Bréfritari: Malene Jensdóttir
Viðtakandi: Páll Pálsson
Dagsetning: A-1818-xx-xx
Skrifað á: Hallfreðarstöðum  N-Múl.

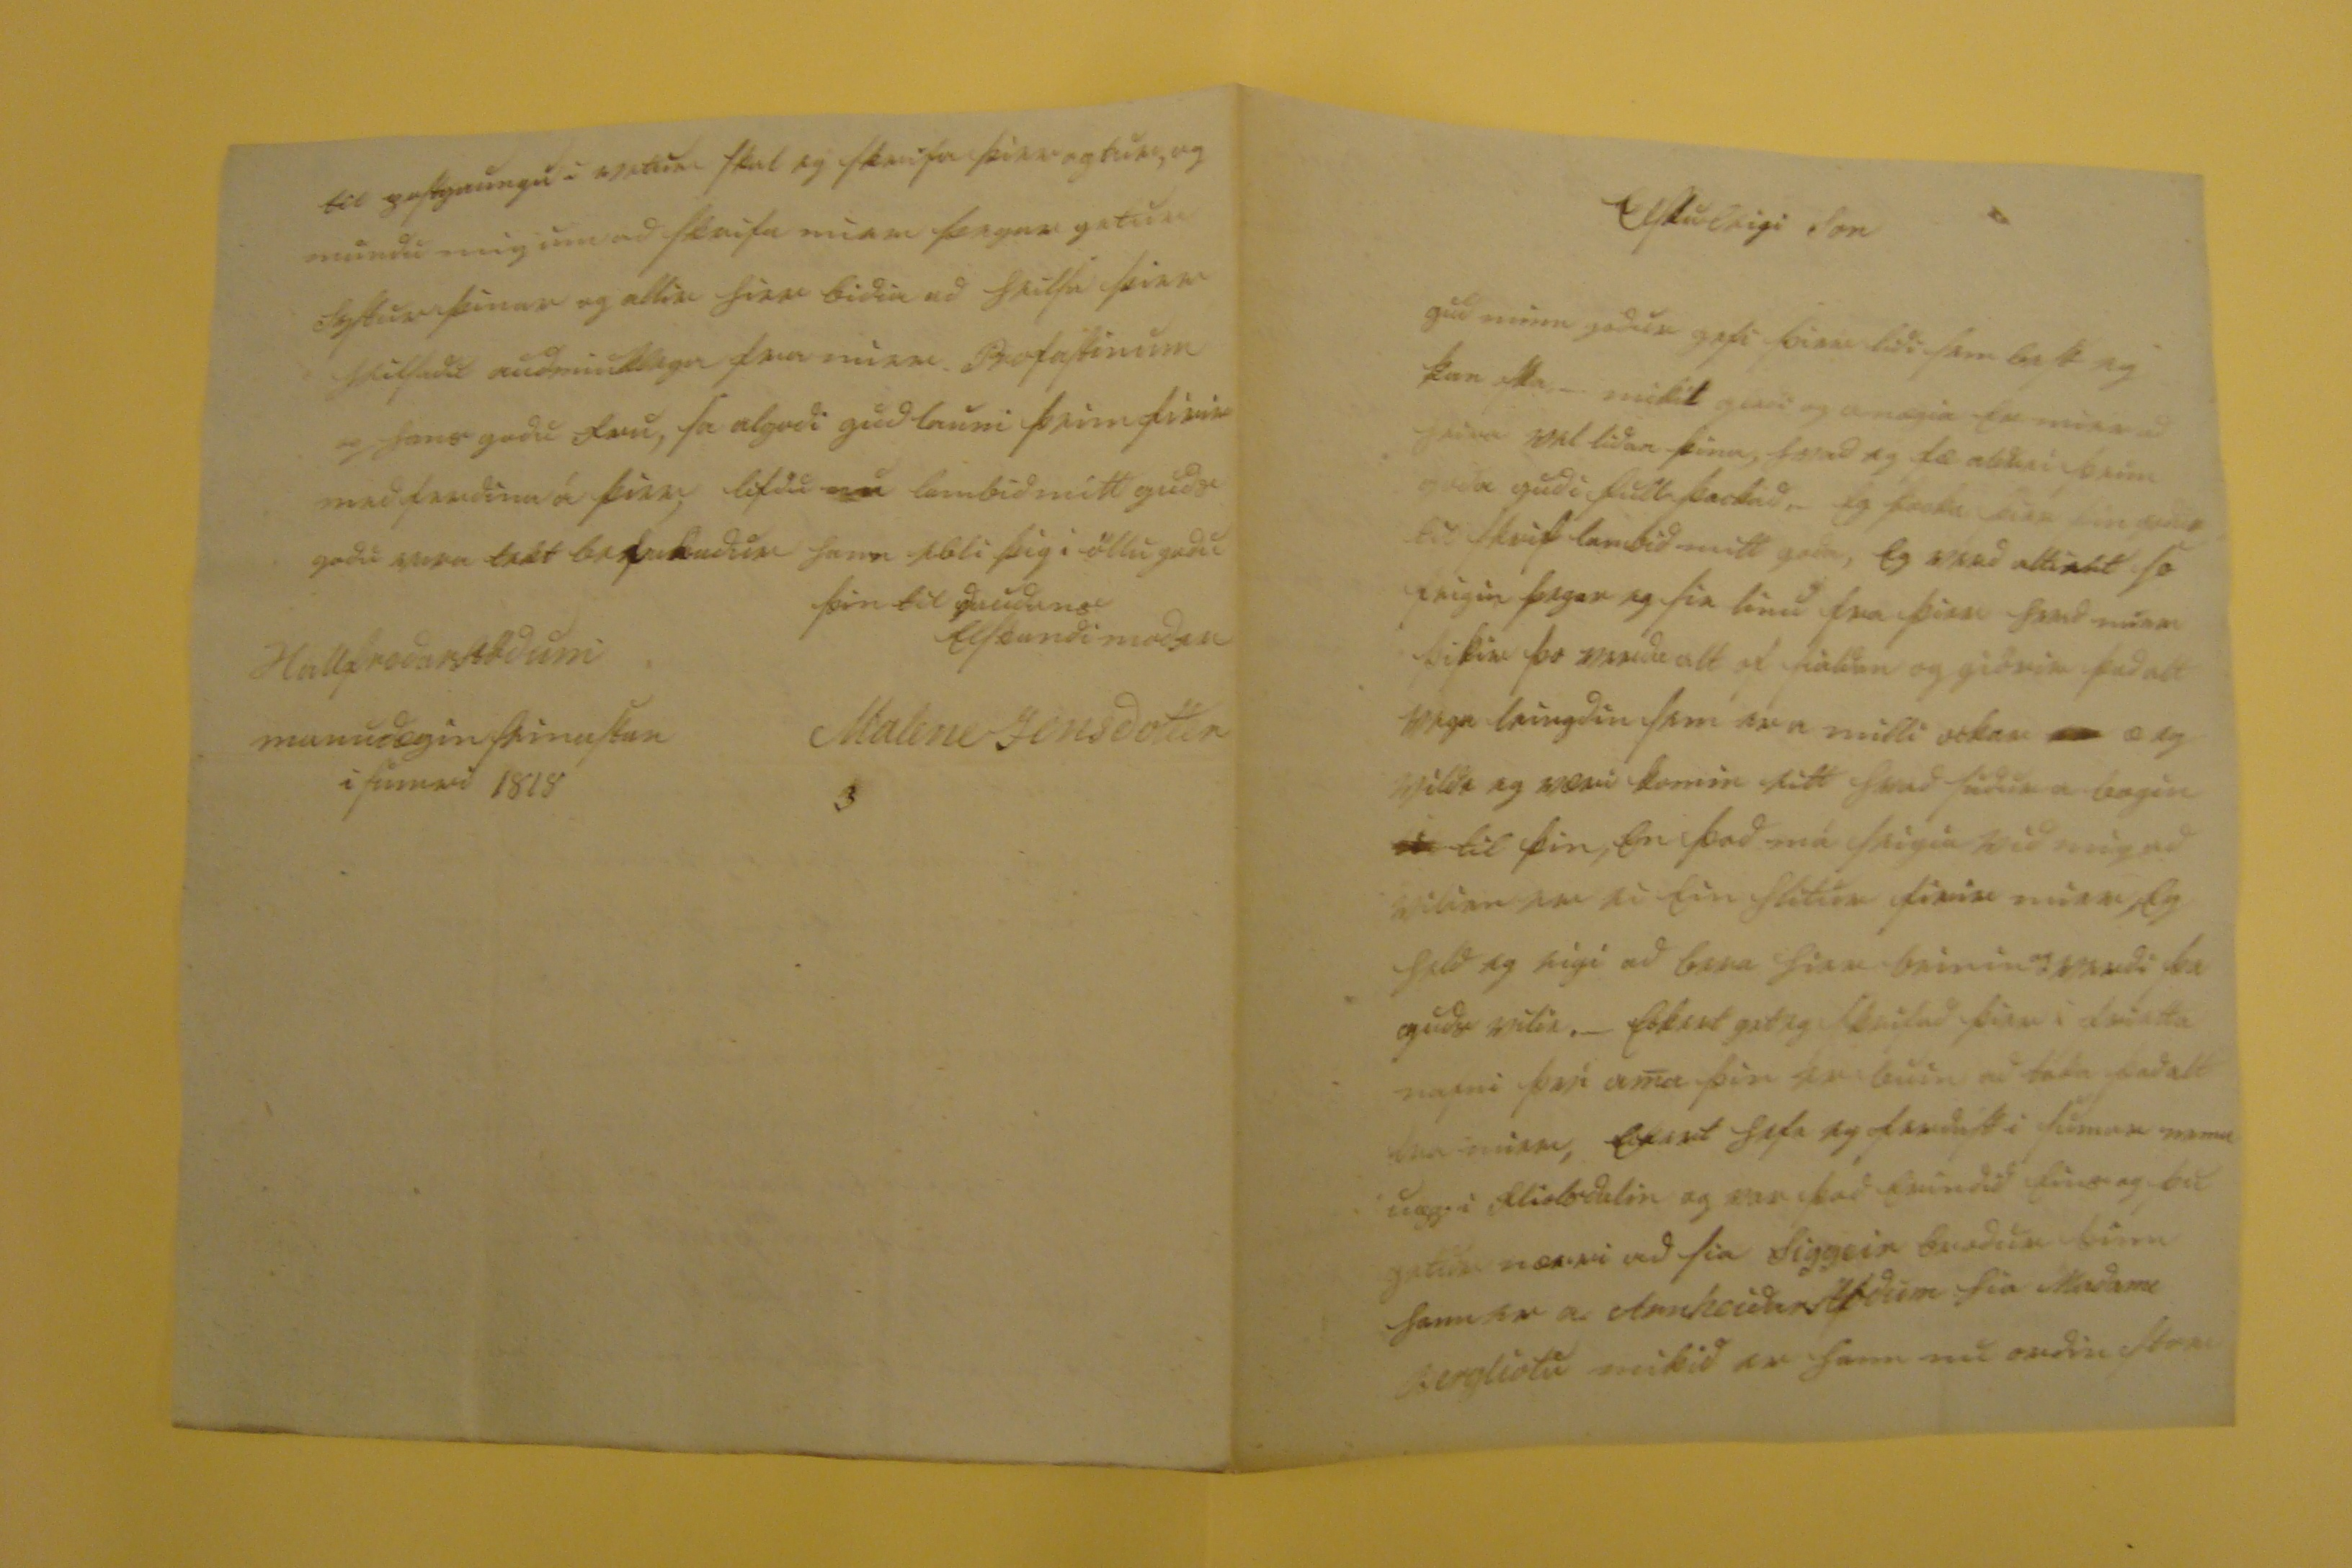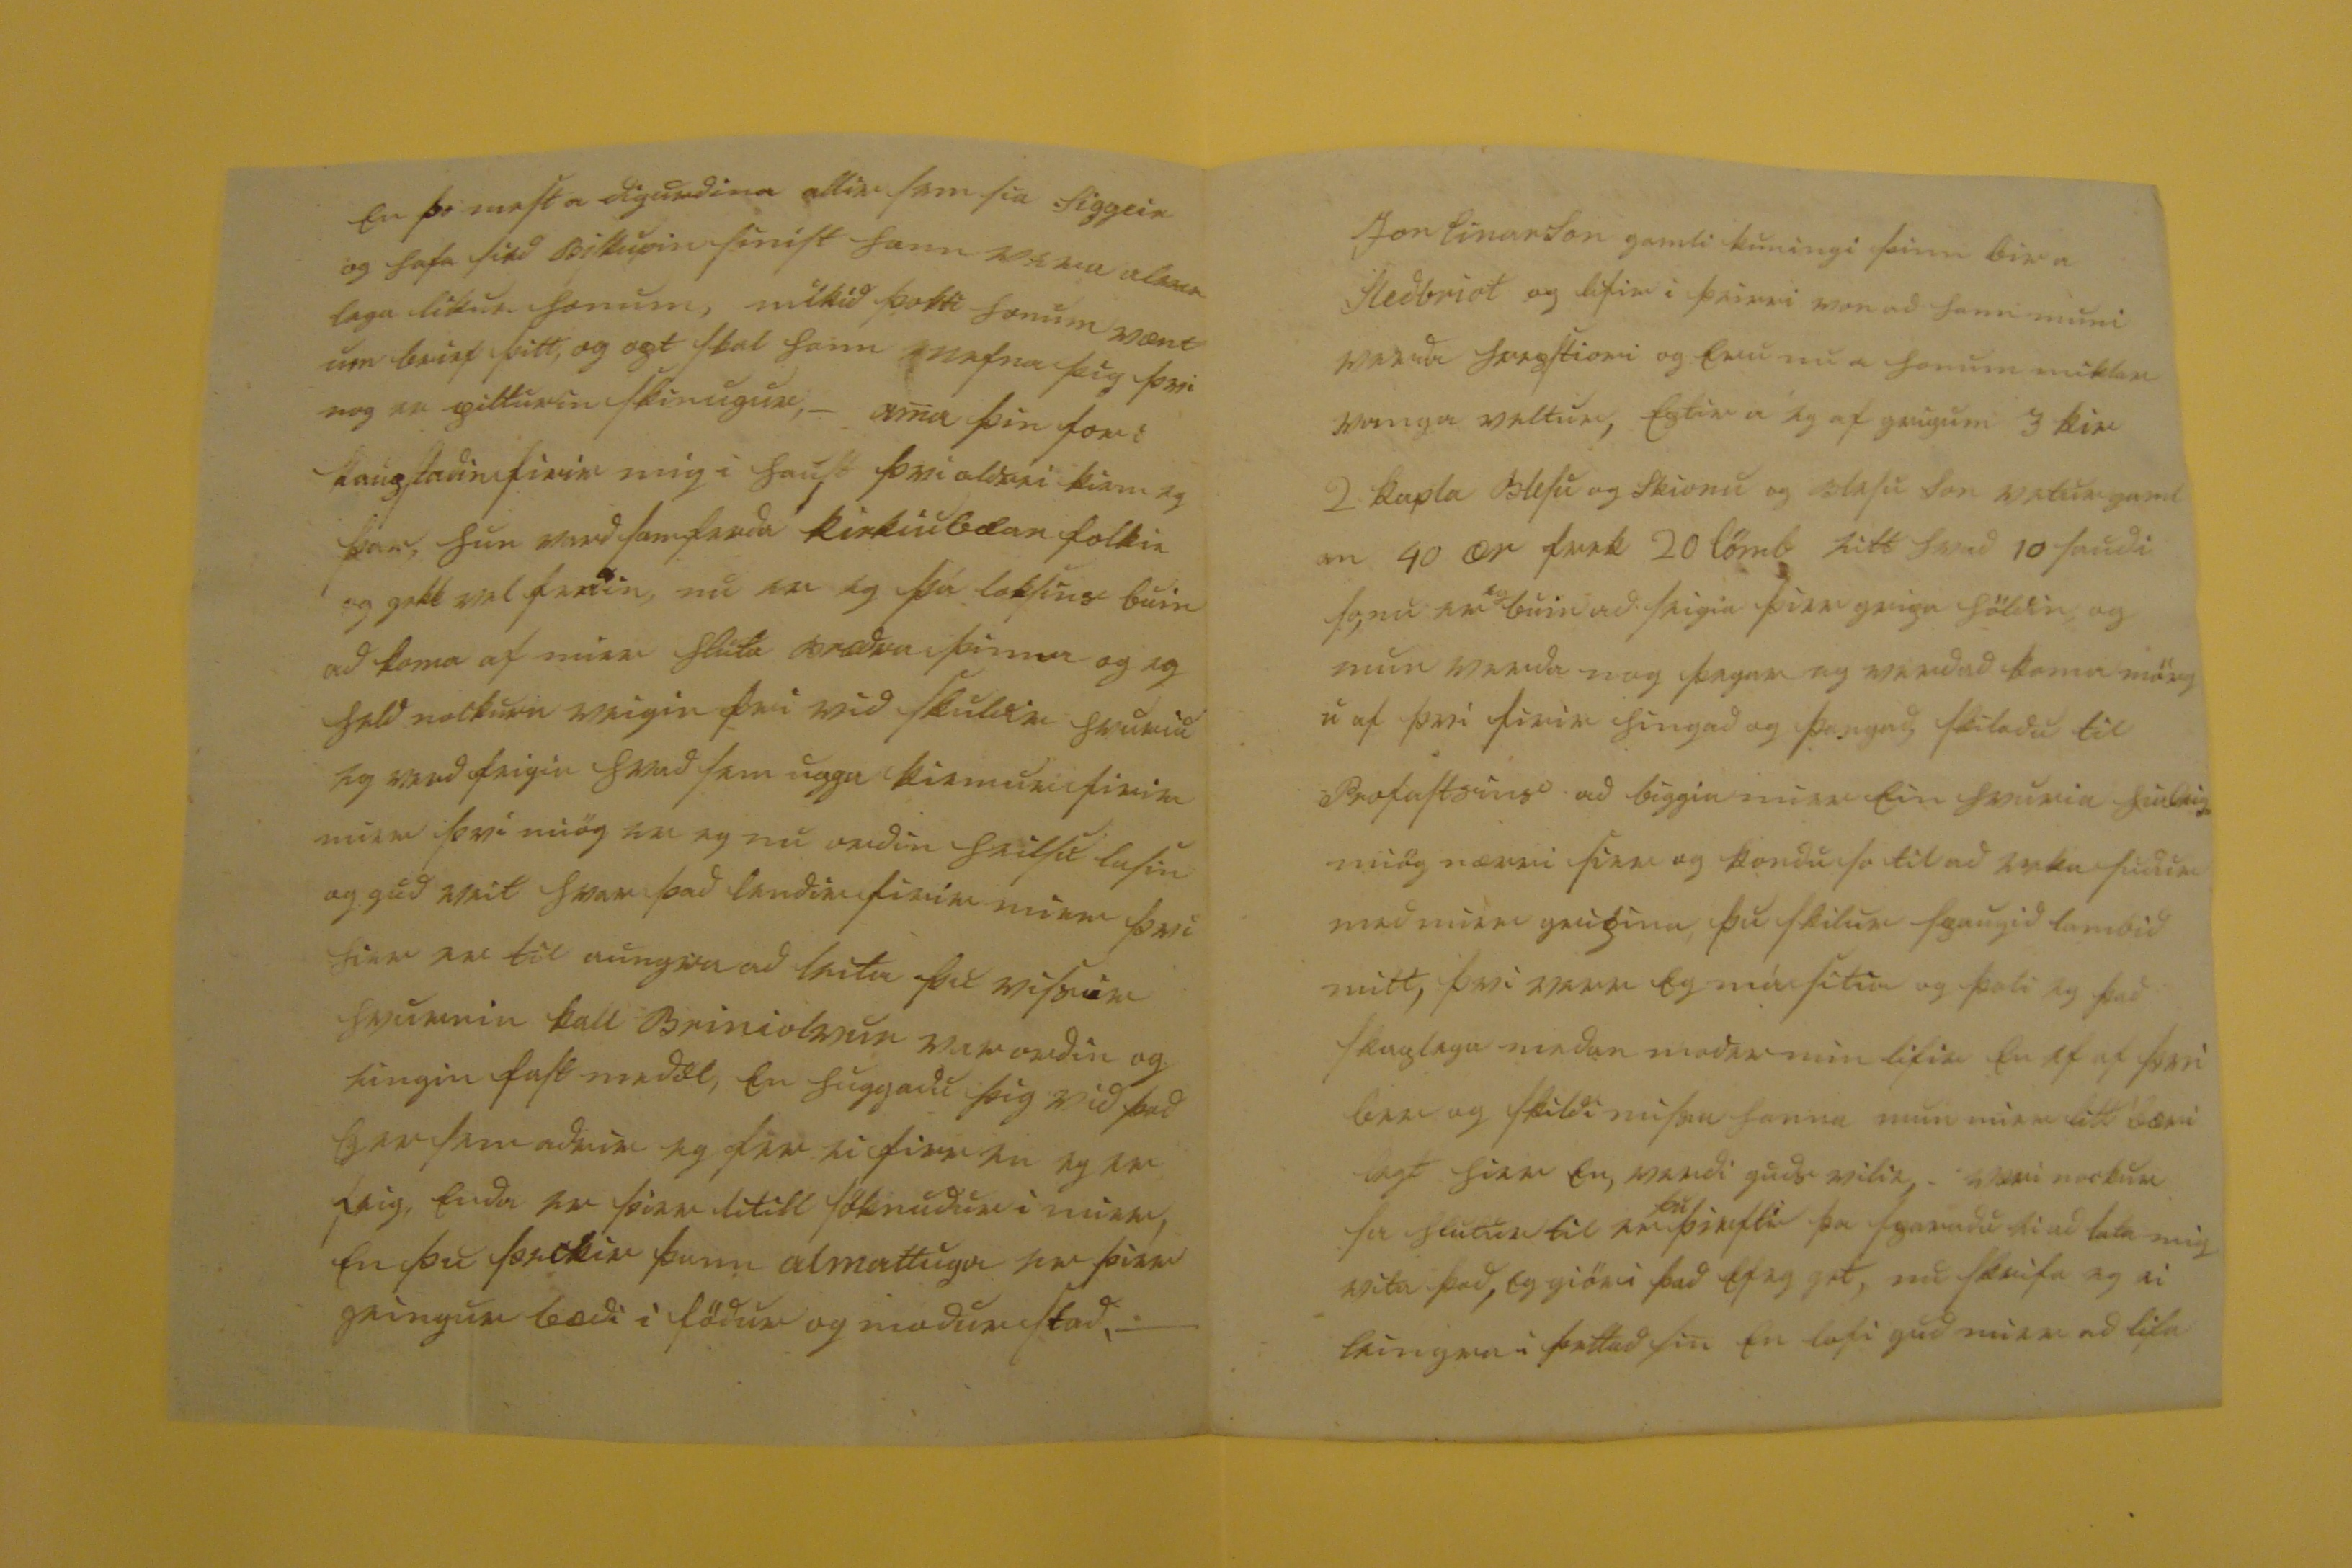

Elskuleigi Son
gud minn godur gefi þier lidi sem best eg kan oska, _ mikil gledi og anægia er mier ad heira vel lidan þina, hvad eg fæ aldrei þeim goda gudi fullþackad. eg þacka þier þin godu til skrif lambid mitt goda, eg verd
altialt
so feigin þegar eg sie linu fra þier
hvad
mier þikir þo verda alt of sialdan og giörir þad alt vega leingdin sem er a milli ockar
000
æ eg vildi eg væri komin eitt hvad sudur a bogin
000
til þin, en þad má seigia vid mig ad vilinn var ei ein hlitur firir mier, eg held eg eigi ad bera hier beinin verdi þa guds vilie. _ eckert get eg skrifad þier i frietta nafni því ama þín er buin ad taka þad alt fra mier, eckert hefi eg ferdast i sumar nema uppi fliotsdalin og var þad erindid eins og þu getur nærri ad sia Siggeir brodur þinn sem er a Arnheidarstodum hia Madame Bergliotu mikid er hann nu ordin stor
en þo mest a diguridina allir sem sia Siggeir og hafa sied Biskupin sinist hann vera 00000 lega likur honum, mikid þotti honum vænt um brief þitt, og opt skal hann nefna þig þvi nog er pilturin skinugur, - ama þin for i kaupstadin fyrir mig i haust þvi aldrei kiem eg þar, hun vard samferda kirkiubæar folkin og gekk vel ferdin, nu er eg þá loksins buin ad koma af mier hluta brædra þinna og eg held nockurn veigin þvi vid skuldir
hvuriu
eg verd feigin hvad sem uppa kiemur firir mier því miög var og nu ordin heilsu lasin og gud veit hvar þad lendir firir mier þvi hier var til aungva ad leita þu vissir hvurnin kall Briniolfur var ordin eingin fast medöl, en huggadu þig vid þad
Þar sem
adrir eg fer ei firr en eg er feig, enda er þier lítill söknudur i mier, en þu þeckir þann almattuga er þier geingur bædi i födur og modur stad. _
Jon Einarson gamli kuningi þinn bir a Sledbriot og lifir i þeirri von ad hann muni verda forsstiori og eru nu a honum miklar vanga veltur, eptir a eg af
gripum
3 kir 2
kapla
Blesu og Skionu og Blesu son vetur gamlan 40 ær
feck
20 lömb eitt hvad 10 saudi so nu er
eg
buin ad seigia þier gripa höldin og mun verda nog þegar og verd ad koma mörgu af þvi firir hingad og þangad, skiladu til Profastsins ad biggia mier ein hvuria
husbig
miög nærri þier og kondu so til ad reka sudur med mier gripina, þu skilur spaugid lambid mitt, því
var0
eg nú sitia og þoli eg þad skaplega medan modir min lifir en ef af því
ber
og skildi
missa hanna
mun litt bæri legt hier en, verdi guds vilie, -
væri
nockur sa hlutur til er
þu
þirftir þa sparadu ei ad lata mig vita þad, eg giöri þad ef eg get, nu skrifa eg ei leingur i þettad sin en lofi gud mier ad lifa
til postgaungu i vetur skal eg skrifa þier aptur, og mundu mig um ad skrifa mier þegar getur Systur þinar og allir hier bidia ad heilsa þier skiladu audmiuklega fra mier Profastinum og hans godu fru, sa algodi gud launi þeim firir medferdina á þier lifdu nu lambid mitt guds godu
vorn takt
00000udur hann ebli þig i öllu godu
þin til daudans elskandi modir
Malene Jensdottir
Hallfredarstodum manudægin seinastan i sumarid 1818